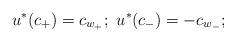
LaTeX: \begin{align*}u^*(c_+)=c_{w_+};\ u^*(c_-)=-c_{w_-};\end{align*}